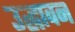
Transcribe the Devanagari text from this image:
उद्धावन